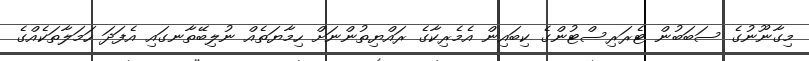
މިގާނޫނުގެ ސަބަބުން ޓެރަރިސްޓުންގެ ކިބައިން އެމެރިކާގެ ރައްޔިތުންނަށް ހިމާޔަތެއް ނުލިބޭތާނގައި އެފަދަ ހަމަލާތަކެއްގެ